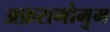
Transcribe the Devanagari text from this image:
अफ़रामोमुम